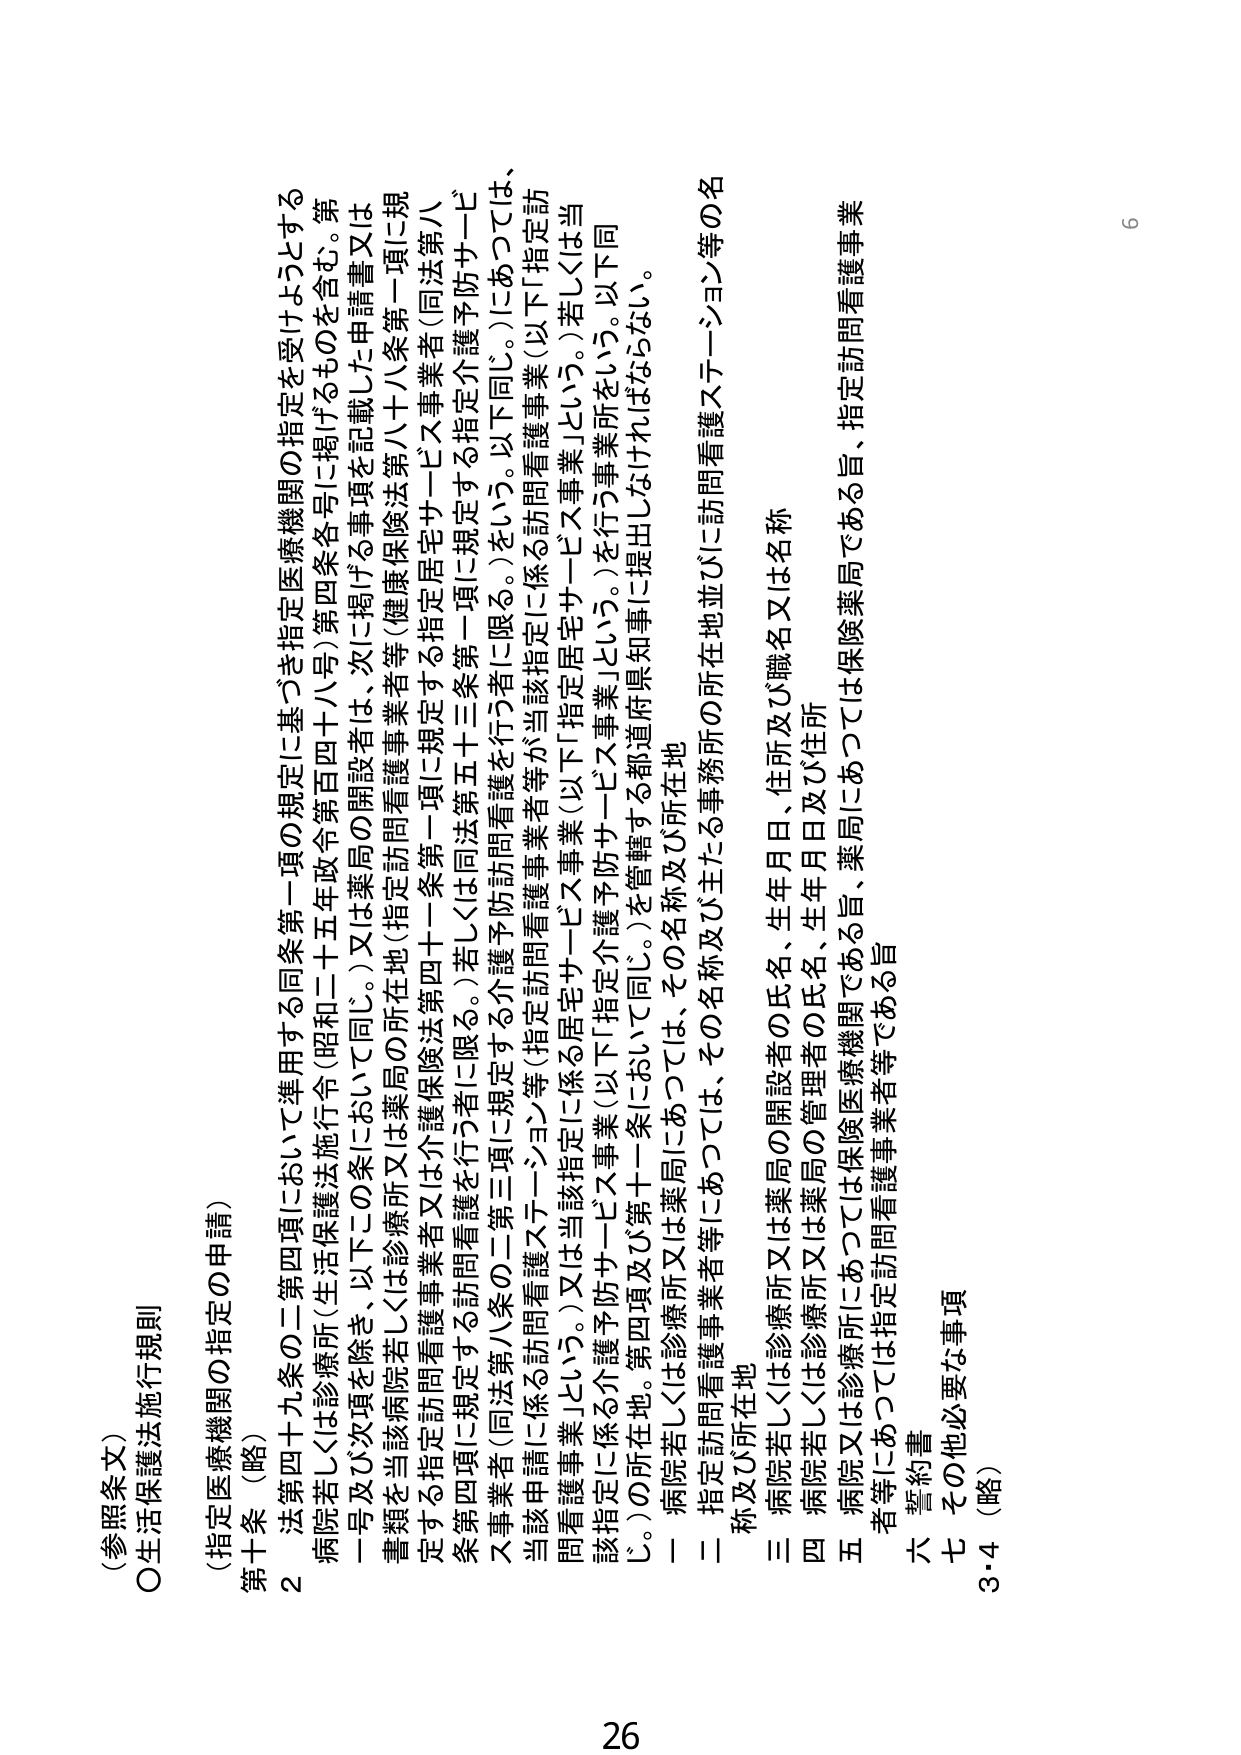
（参照条文）
○生活保護法施行規則
（指定医療機関の指定の申請）
第十条（略）
　２ 法第四十九条の二第四項において準用する同条第一項の規定に基づき指定医療機関の指定を受けようとする
病院若しくは診療所（生活保護法施行令（昭和二十五年政令第四十八号）第四条各号に掲げるものを含む。第一号及び次項を除き、以下この条において同じ。）又は薬局の開設者は、次に掲げる事項を記載した申請書又は
書類を当該病院若しくは診療所又は薬局の所在地（指定訪問看護事業者等（健康保険法第八十八条第一項に規定する指定訪問看護事業者又は介護保険法第四十一条第一項に規定する指定居宅サービス事業者（同法第八条第四項に規定する訪問看護を行う者に限る。）若しくは同法第五十三条第一項に規定する指定介護予防サービス事業者（同法第八条の二第三項に規定する介護予防訪問看護を行う者に限る。）をいう。以下同じ。）にあっては、
当該申請に係る訪問看護ステーション等（指定訪問看護事業者等が当該指定に係る訪問看護事業（以下「指定訪問看護事業」という。）又は当該指定に係る居宅サービス事業（以下「指定居宅サービス事業」という。）若しくは当該指定に係る介護予防サービス事業（以下「指定介護予防サービス事業」という。）を行う事業所をいう。以下同じ。）の所在地。第四項及び第十一条において同じ。）を管轄する都道府県知事に提出しなければならない。
　一 病院若しくは診療所又は薬局にあっては、その名称及び所在地
　二 指定訪問看護事業者等にあっては、その名称及び主たる事務所の所在地並びに訪問看護ステーション等の名称及び所在地
　三 病院若しくは診療所又は薬局の開設者の氏名、生年月日、住所及び職名又は名称
　四 病院若しくは診療所又は薬局の管理者の氏名、生年月日及び住所
　五 病院又は診療所にあっては保険医療機関である旨、薬局にあっては保険薬局である旨、指定訪問看護事業者等にあっては指定訪問看護事業者等である旨
　六 誓約書
　七 その他必要な事項
　　3・4（略）
26
6